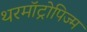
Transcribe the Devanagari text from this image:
थरमॉट्रोपिज्म